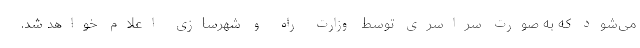
می‌شود که به صورت سراسری توسط وزارت راه و شهرسازی اعلام خواهد شد.